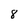
Character: 8